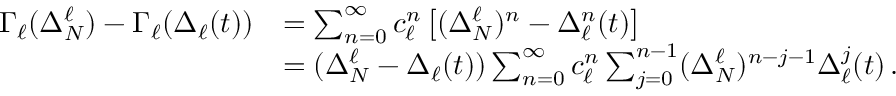
\begin{array} { r l } { \Gamma _ { \ell } ( \Delta _ { N } ^ { \ell } ) - \Gamma _ { \ell } ( \Delta _ { \ell } ( t ) ) } & { = \sum _ { n = 0 } ^ { \infty } c _ { \ell } ^ { n } \left[ ( \Delta _ { N } ^ { \ell } ) ^ { n } - \Delta _ { \ell } ^ { n } ( t ) \right] } \\ & { = ( \Delta _ { N } ^ { \ell } - \Delta _ { \ell } ( t ) ) \sum _ { n = 0 } ^ { \infty } c _ { \ell } ^ { n } \sum _ { j = 0 } ^ { n - 1 } ( \Delta _ { N } ^ { \ell } ) ^ { n - j - 1 } \Delta _ { \ell } ^ { j } ( t ) \, . } \end{array}